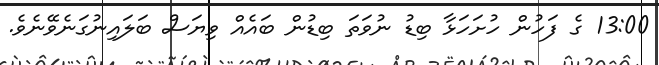
13:00 ގެ ފަހުން ހުށަހަޅާ ބިޑު ނުވަތަ ބިޑުން ބައެއް ވިޔަސް ބަލައިނުގަނެވޭނެވެ.